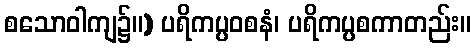
စသောဝါကျ၌။) ပရိကပ္ပဝစနံ၊ ပရိကပ္ပစကာတည်း။